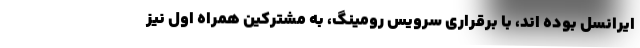
ایرانسل بوده اند، با برقراری سرویس رومینگ، به مشترکین همراه اول نیز